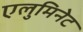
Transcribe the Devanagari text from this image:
एलुमिनेट